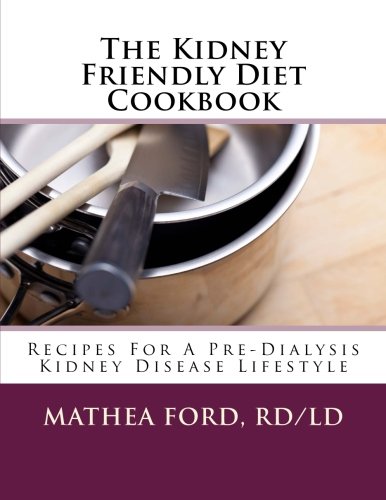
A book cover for The Kidney Friendly Diet Cookbook: Recipes For A PreDialysis Kidney Disease Lifestyle; Mathea Ford; Health, Fitness & Dieting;